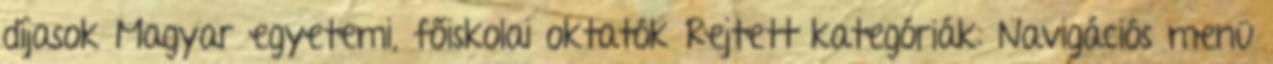
díjasok Magyar egyetemi, főiskolai oktatók Rejtett kategóriák: Navigációs menü